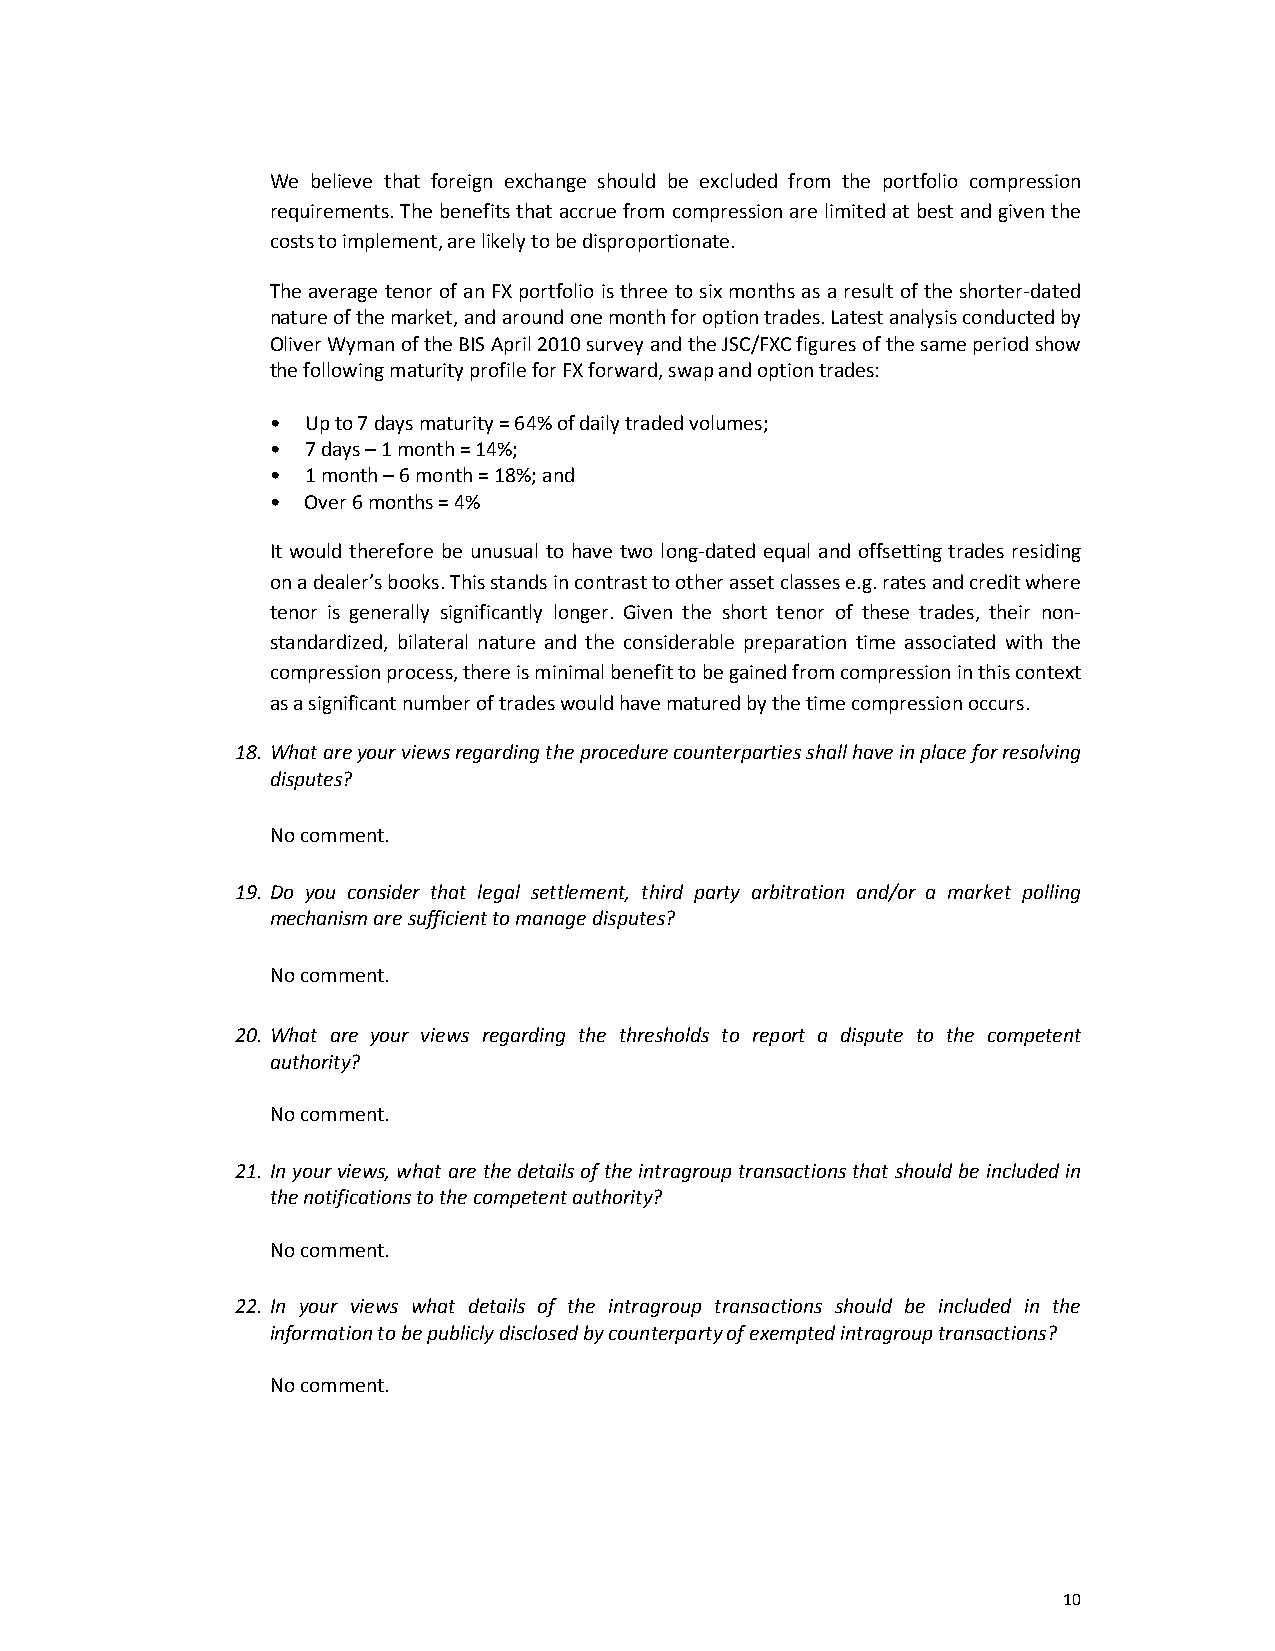
We believe that foreign exchange should be excluded from the portfolio compression
 requirements. The benefits that accrue from compression are limited at best and given the
 costs to implement, are likely to be disproportionate.
 The average tenor of an FX portfolio is three to six months as a result of the shorter-dated
 nature of the market, and around one month for option trades. Latest analysis conducted by
 Oliver Wyman of the BIS April 2010 survey and the JSC/FXC figures of the same period show
 the following maturity profile for FX forward, swap and option trades:
 • Up to 7 days maturity = 64% of daily traded volumes;
 • 7 days – 1 month = 14%;
 • 1 month – 6 month = 18%; and
 • Over 6 months = 4%
 It would therefore be unusual to have two long-dated equal and offsetting trades residing
 on a dealer’s books. This stands in contrast to other asset classes e.g. rates and credit where
 tenor is generally significantly longer. Given the short tenor of these trades, their non-
 standardized, bilateral nature and the considerable preparation time associated with the
 compression process, there is minimal benefit to be gained from compression in this context
 as a significant number of trades would have matured by the time compression occurs.
 18. What are your views regarding the procedure counterparties shall have in place for resolving
 disputes?
 No comment.
 19. Do you consider that legal settlement, third party arbitration and/or a market polling
 mechanism are sufficient to manage disputes?
 No comment.
 20. What are your views regarding the thresholds to report a dispute to the competent
 authority?
 No comment.
 21. In your views, what are the details of the intragroup transactions that should be included in
 the notifications to the competent authority?
 No comment.
 22. In your views what details of the intragroup transactions should be included in the
 information to be publicly disclosed by counterparty of exempted intragroup transactions?
 No comment.
 10